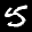
Label: 5